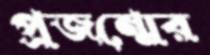
প্রজন্মের